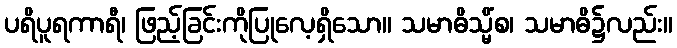
ပရိပူရကာရီ၊ ဖြည့်ခြင်းကိုပြုလေ့ရှိသော။ သမာဓိသ္မိံစ၊ သမာဓိ၌လည်း။